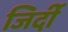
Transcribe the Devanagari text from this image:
जिर्दी